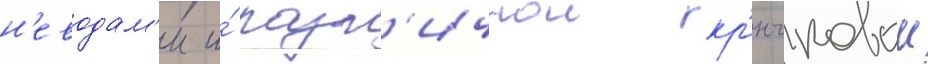
н'еводам'и и́ разл'ичнои кр'ючковои